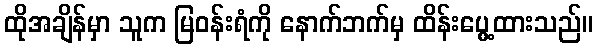
ထိုအချိန်မှာ သူက မြဝန်းရံကို နောက်ဘက်မှ ထိန်းပွေ့ထားသည်။